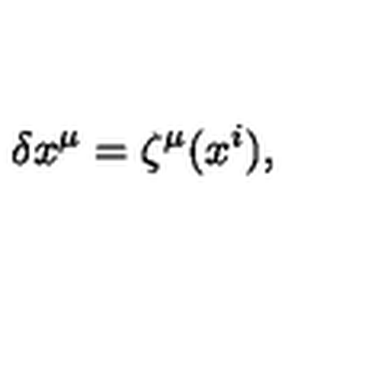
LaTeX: \delta x ^ { \mu } = \zeta ^ { \mu } ( x ^ { i } ) ,